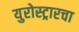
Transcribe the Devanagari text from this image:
युरोस्ट्रारचा